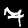
Digit: 7